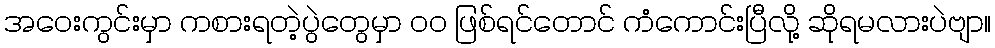
အဝေးကွင်းမှာ ကစားရတဲ့ပွဲတွေမှာ ၀၀ ဖြစ်ရင်တောင် ကံကောင်းပြီလို့ ဆိုရမလားပဲဗျာ။